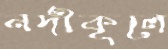
নদীকূলে